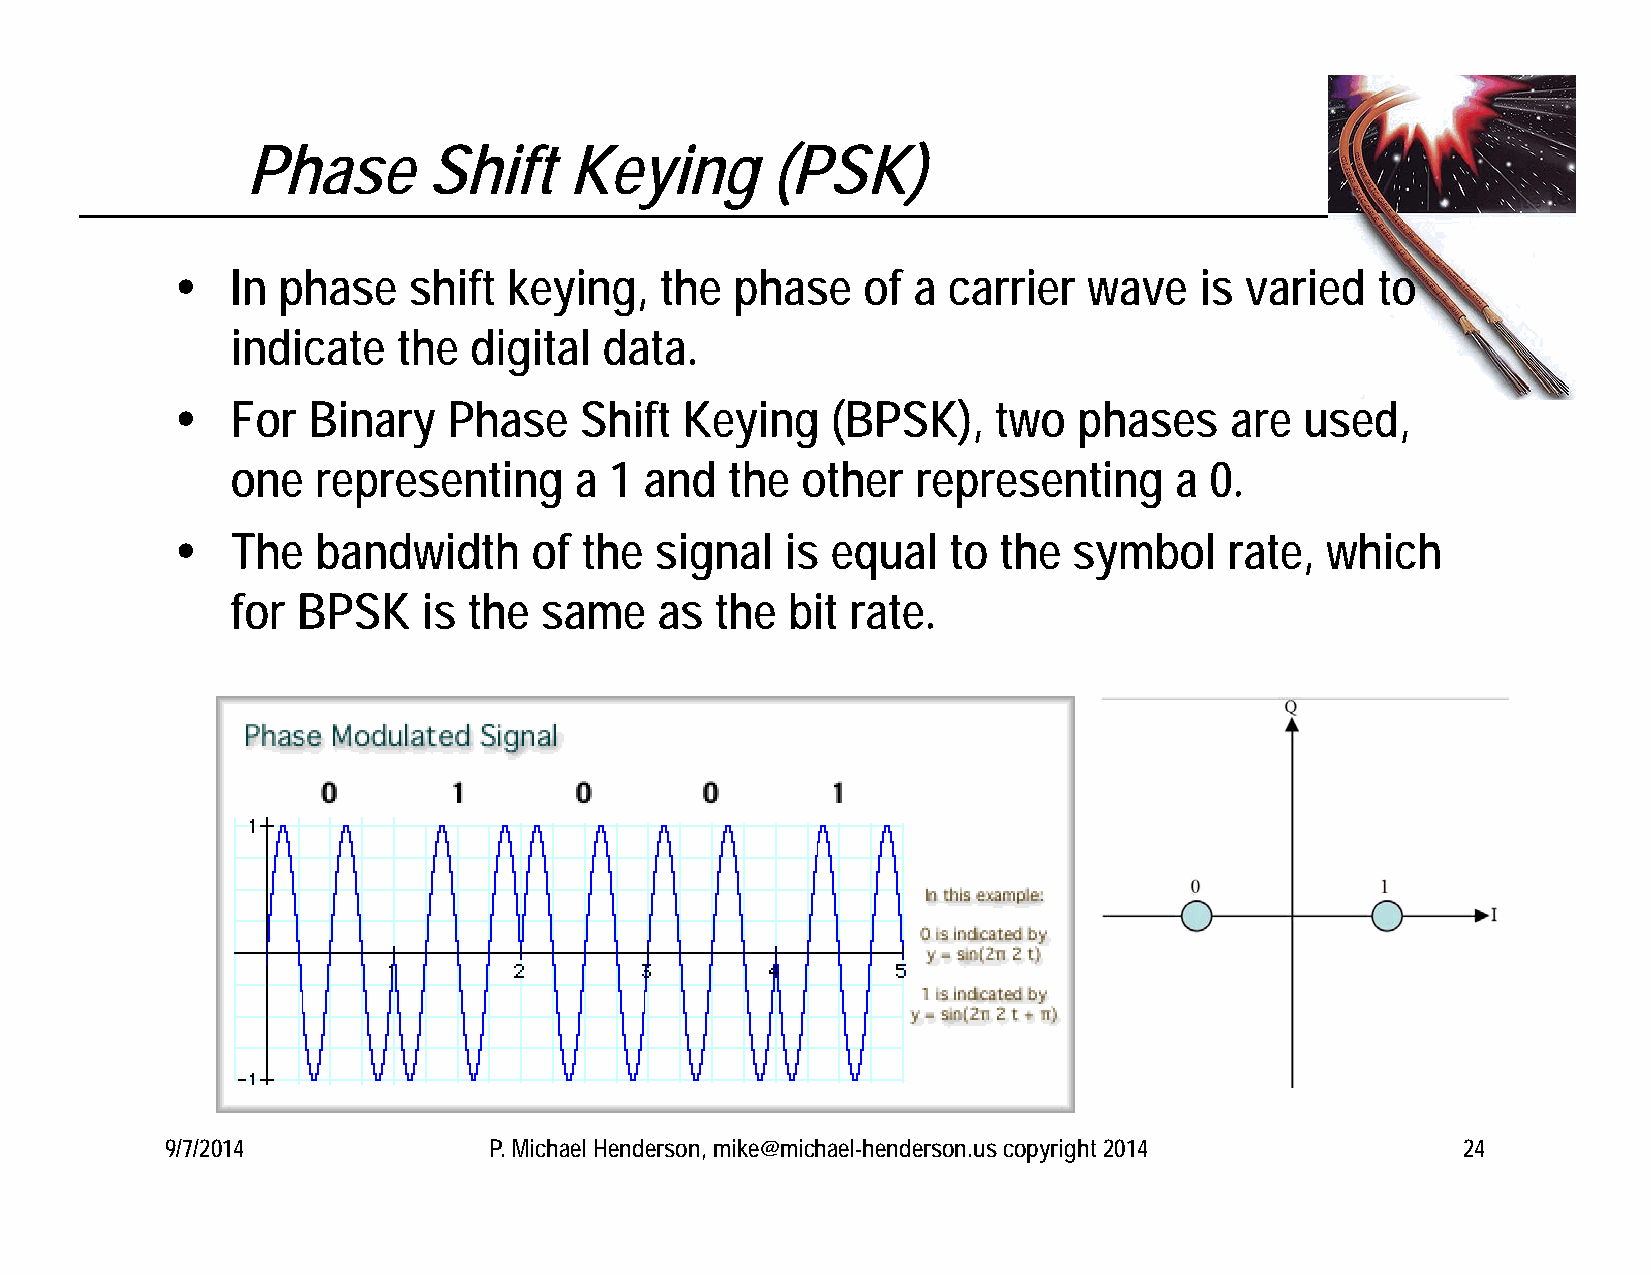
Phase       Shift     Keying       (PSK)
   In phase    shift  keying,   the  phase   of a  carrier  wave   is varied   to
 indicate   the  digital  data.
   For  Binary    Phase   Shift  Keying    (BPSK),    two  phases    are  used,
 one   representing     a 1  and  the  other   representing     a 0.
   The   bandwidth     of the  signal   is equal   to the  symbol    rate,  which
 for  BPSK    is the  same    as the  bit rate.
 9/7/2014             P. Michael Henderson, mike@michael-henderson.us copyright 2014   24